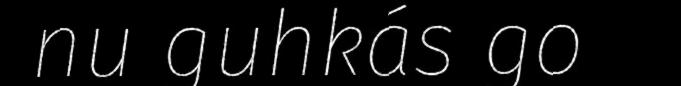
nu guhkás go